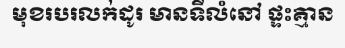
មុខរបរលក់ដូរ មានទីលំនៅ ផ្ទះគ្មាន